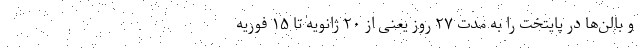
و بالن‌ها در پایتخت را به مدت ۲۷ روز یعنی از ۲۰ ژانویه تا ۱۵ فوریه